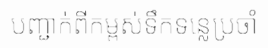
បញ្ជាក់ពីកម្ពស់ទឹកទន្លេប្រចាំ